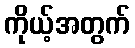
ကိုယ့်အတွက်